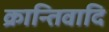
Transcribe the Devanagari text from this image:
क्रान्तिवादि